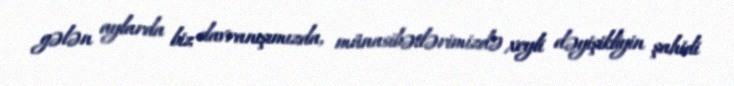
gələn aylarda biz davranışımızda, münasibətlərimizdə xeyli dəyişikliyin şahidi